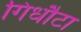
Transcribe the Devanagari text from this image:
गिधौटा